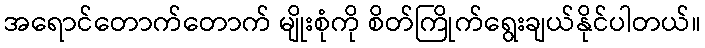
အရောင်တောက်တောက် မျိုးစုံကို စိတ်ကြိုက်ရွေးချယ်နိုင်ပါတယ်။